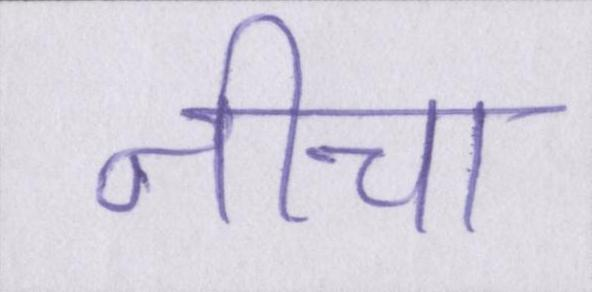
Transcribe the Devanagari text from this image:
नीचा